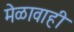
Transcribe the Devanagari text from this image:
मेळावाही